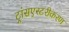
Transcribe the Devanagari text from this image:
ट्रांसएस्टरीकरण